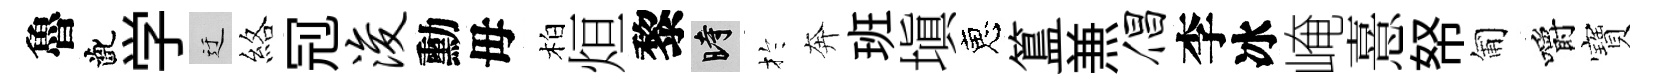
魯齔学迂絡𠜍浚勳毋柏烜黎时扵奔班塡恵簋𠔥倡李冰崦憙帑匍嚼寶